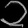
Digit: ၁